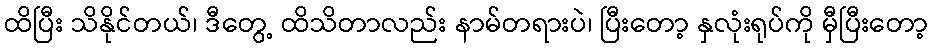
ထိပြီး သိနိုင်တယ်၊ ဒီတွေ့ ထိသိတာလည်း နာမ်တရားပဲ၊ ပြီးတော့ နှလုံးရုပ်ကို မှီပြီးတော့